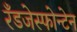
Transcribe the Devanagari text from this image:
रँडजेस्फोन्टेन